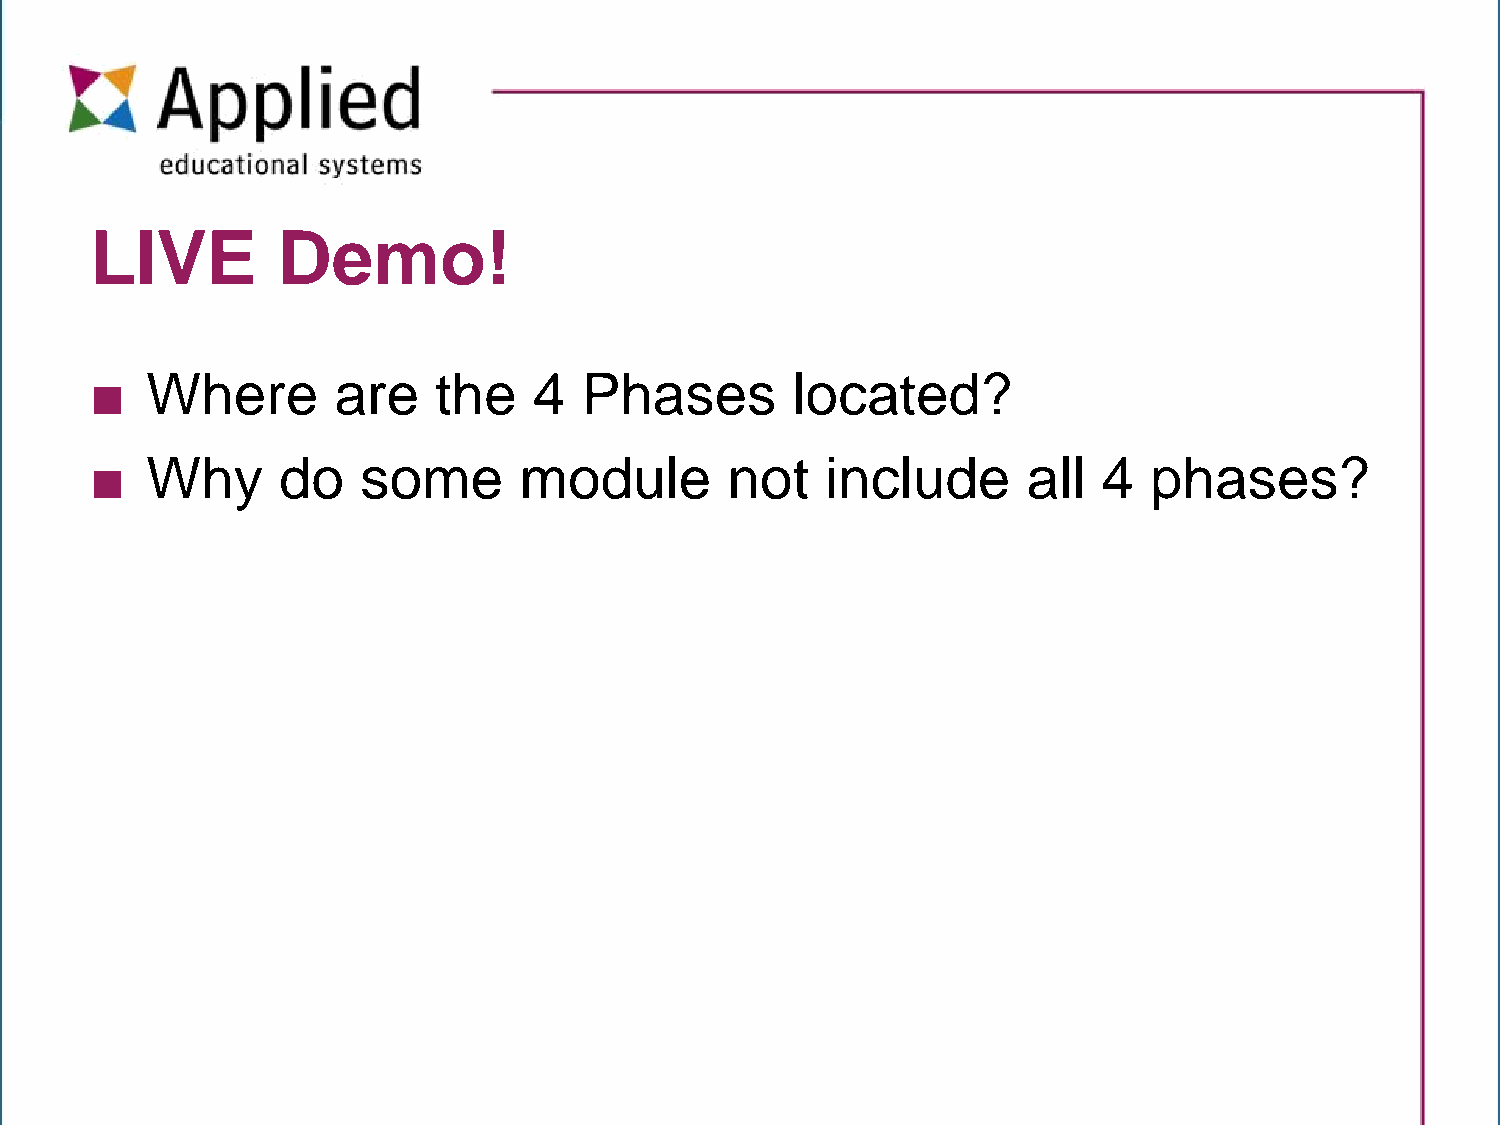
LIVE        Demo!
 ■   Where       are    the   4   Phases       located?
 ■   Why     do    some      module        not    include      all  4  phases?